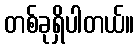
တစ်ခုရှိပါတယ်။